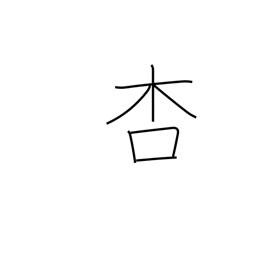
Meaning: apricot